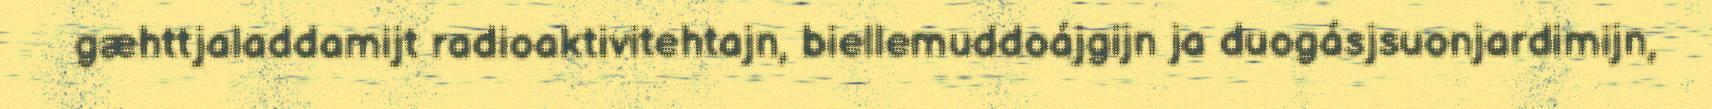
gæhttjaladdamijt radioaktivitehtajn, biellemuddoájgijn ja duogásjsuonjardimijn,